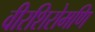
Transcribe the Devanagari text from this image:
वीरशिरोमणि